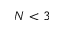
N < 3